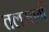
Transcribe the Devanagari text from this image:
तलमार्ग